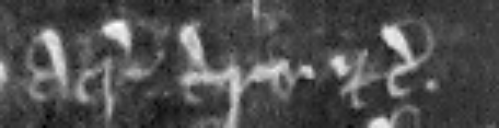
acris terre etc.